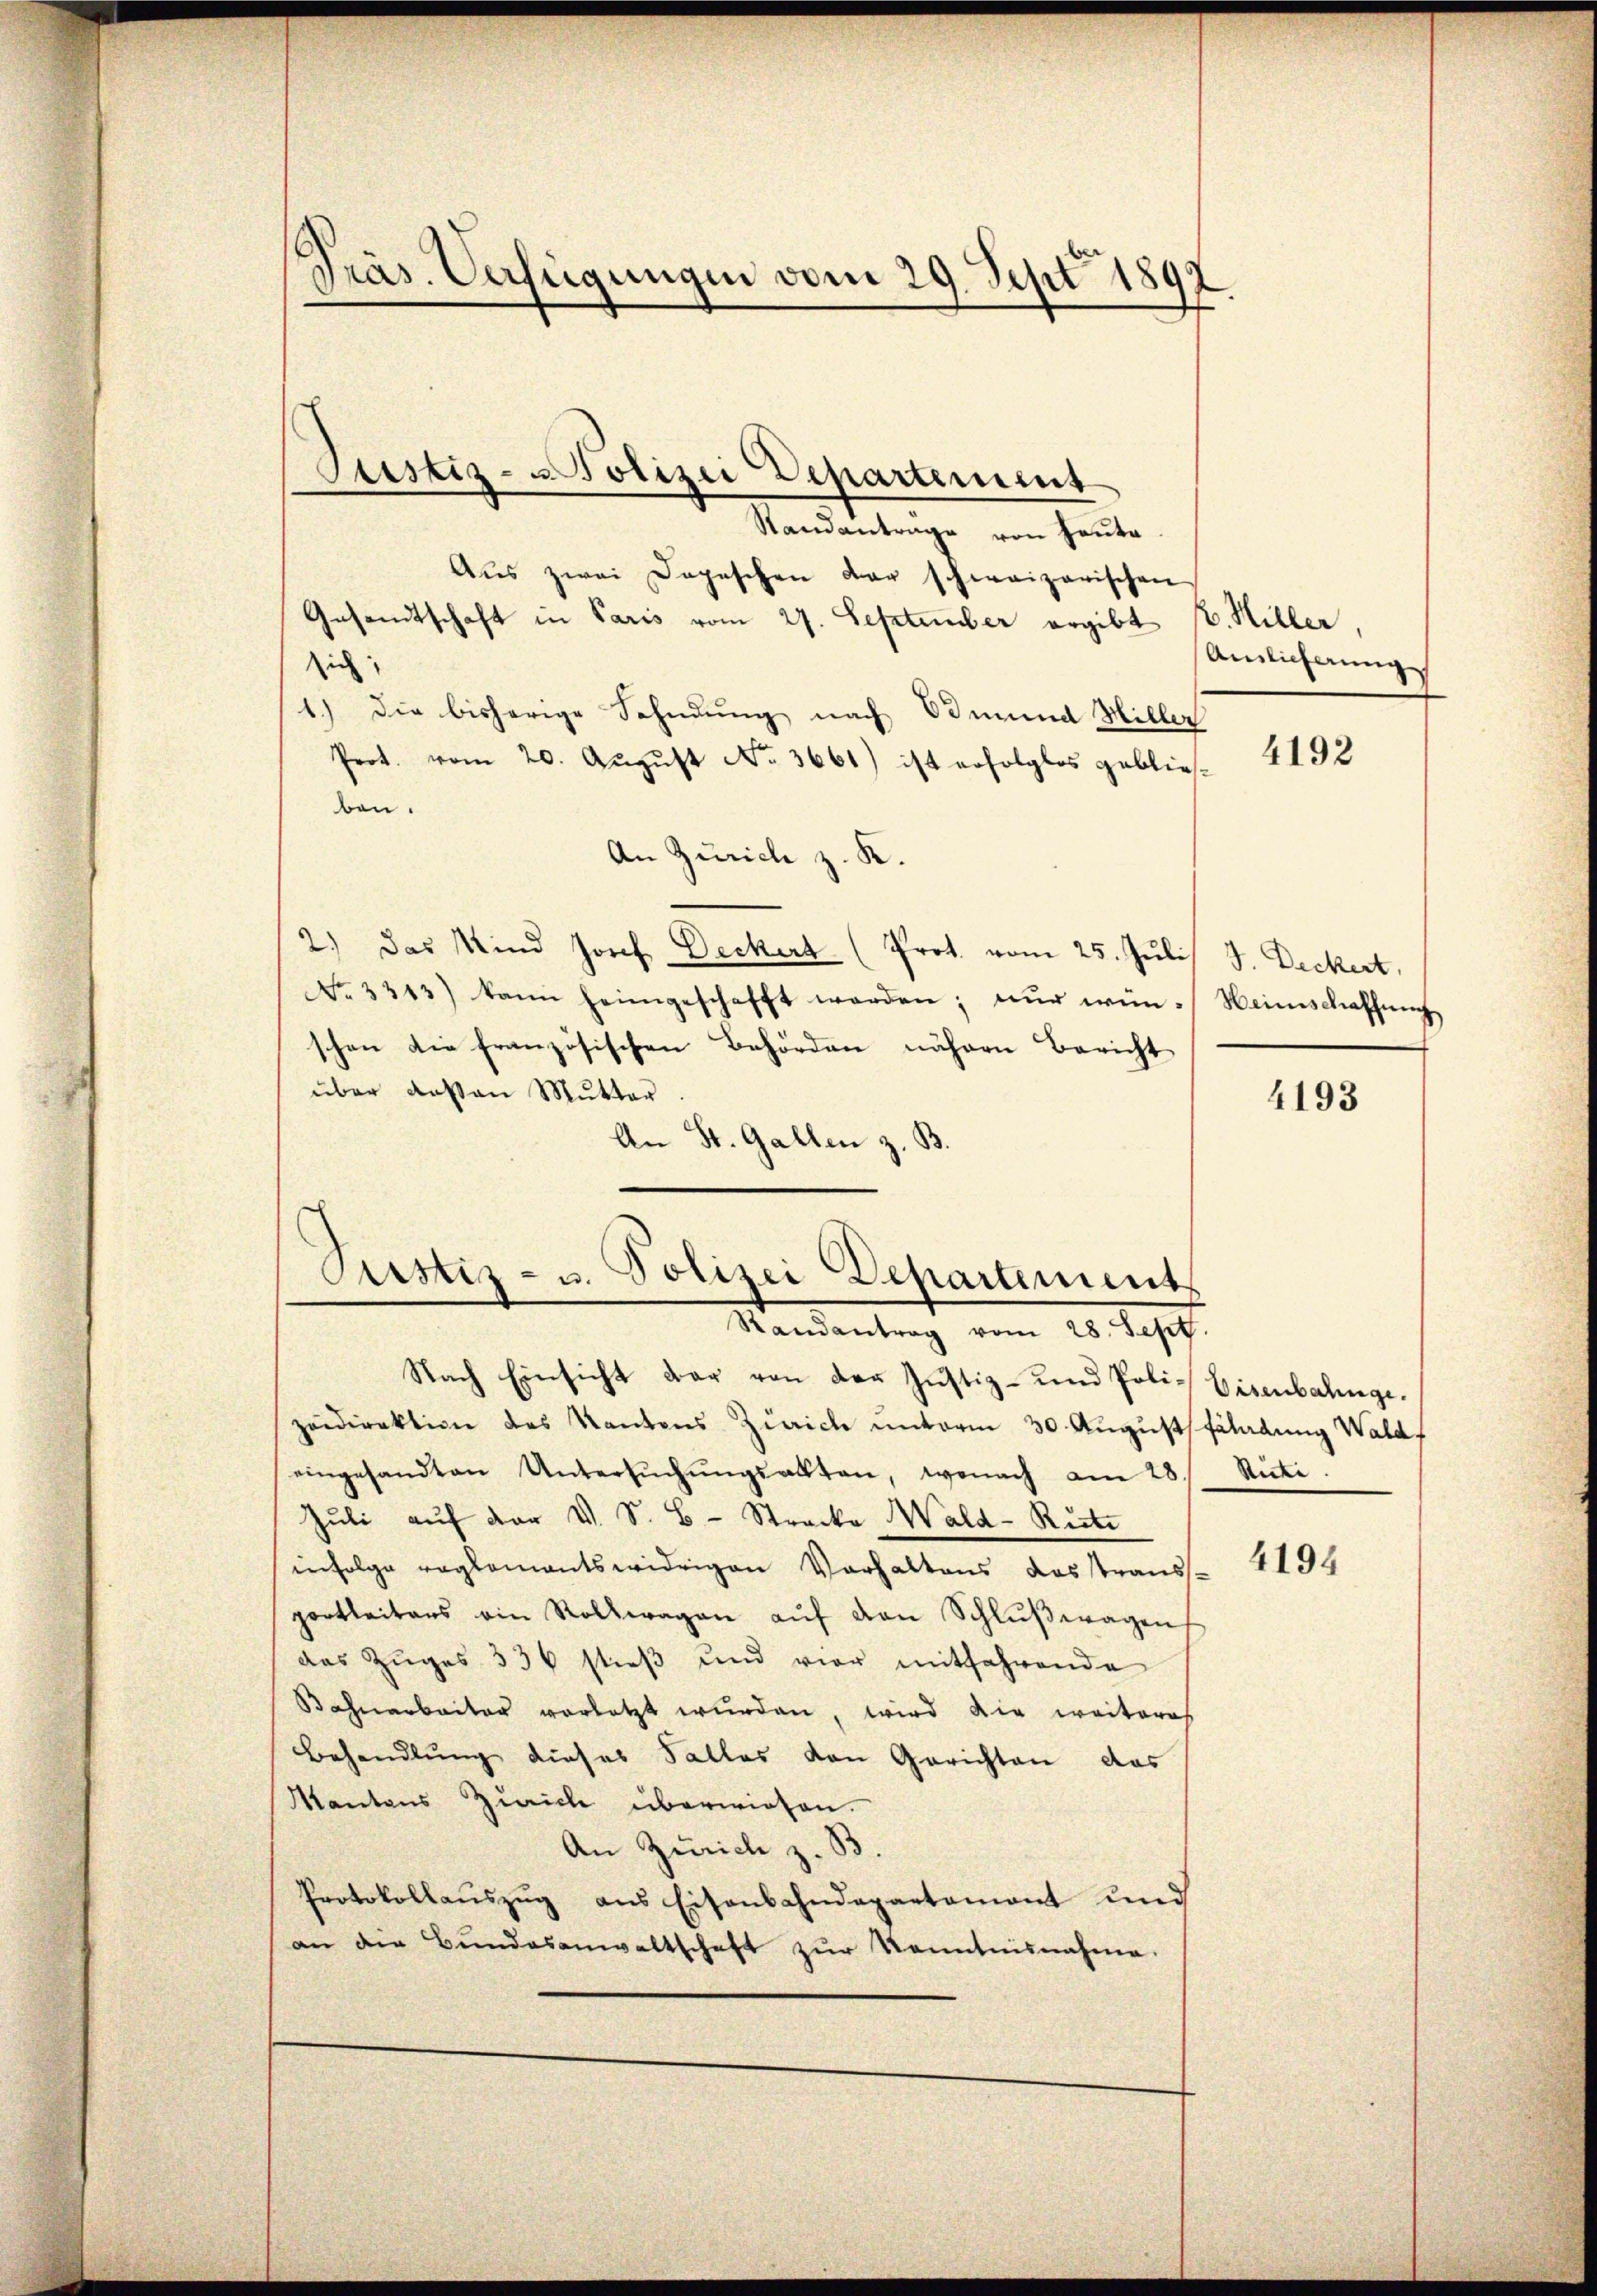
Präs. Verfügungen vom 29. Sept 1892.

Standantrage von Heute
Aus zwei Depeschen der schweizerischen
Gesandtschaft in Paris vom 27. September ergibt
sich
1.) Die bisherige Sohndung nach Vormund Hiller
Prot. vom 20. August No. 3661) ist erfolglos geblie-
ben.
An Zürich z. K.
2.) Das Kind Josef Deckert (Prot. vom 25. Juli) J. Deckert,
No. 3313) kann heimgeschafft werden; nŭr wün-Weinschaffŭng
schen die französischen Behörden nähern Bericht
über deßen Mutter
An St. Gallen z. B.

Ptistiz-Polizei Departement

Pustiz- u. Polizei Departement
Randantrag vom 28. Sept.

2. Hiller
Auslieferung

Nach Einsicht dar von der Justiz- und Poli-Eisenbahnge.
zeidirektion des Kantons Zürich unterm 30. August Fladung Wald
eingesandten Untersŭchŭngsakten, wonach am 28. Rüti.
Jŭli aŭf der V. S. B. Strecke Wald-Rüti
infolge reglementswidrigen Verhaltens Losstrans-
portleiters ein Rollwagen aŭf von Schlŭβwagen
das Zŭges 336 stieß und vier mitfahrende
Bahnarbeiter vorletzt wurden, wird die weiteres
Behandlung dieses Falles den Gerichten das
Mantons Zürich überwiesen.
An Zürich z. B.
Protokollaŭszŭg ans Eisenbahndepartament und
an die Bŭndesanwaltschaft zŭr Kenntnisnahme.

4192

4193

4194